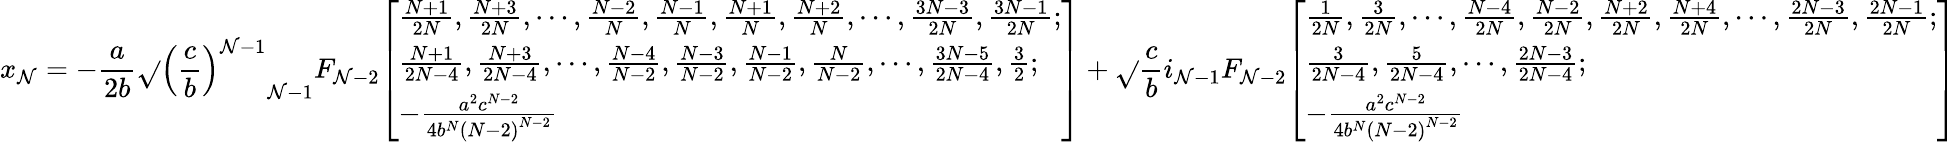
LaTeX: x_{\mathcal{N}}=-{\frac{{a}}{{2b}}}{\sqrt{}{{\left({\frac{{c}}{{b}}}\right)^{\mathcal{N}-1}}}}_{\mathcal{N}-1}F_{\mathcal{N}-2}{\left[\begin{array}{l}{{\frac{N+1}{2N}},{\frac{N+3}{2N}},\cdots,{\frac{N-2}{N}},{\frac{N-1}{N}},{\frac{N+1}{N}},{\frac{N+2}{N}},\cdots,{\frac{3N-3}{2N}},{\frac{3N-1}{2N}};}\\ {{\frac{N+1}{2N-4}},{\frac{N+3}{2N-4}},\cdots,{\frac{N-4}{N-2}},{\frac{N-3}{N-2}},{\frac{N-1}{N-2}},{\frac{N}{N-2}},\cdots,{\frac{3N-5}{2N-4}},{\frac{3}{2}};}\\ {-{\frac{a^{2}c^{N-2}}{4b^{N}\left(N-2\right)^{N-2}}}}\end{array}\right]}+{\sqrt{}{{\frac{{c}}{{b}}}}}i_{\mathcal{N}-1}F_{\mathcal{N}-2}{\left[\begin{array}{l}{{\frac{1}{2N}},{\frac{3}{2N}},\cdots,{\frac{N-4}{2N}},{\frac{N-2}{2N}},{\frac{N+2}{2N}},{\frac{N+4}{2N}},\cdots,{\frac{2N-3}{2N}},{\frac{2N-1}{2N}};}\\ {{\frac{3}{2N-4}},{\frac{5}{2N-4}},\cdots,{\frac{2N-3}{2N-4}};}\\ {-{\frac{a^{2}c^{N-2}}{4b^{N}\left(N-2\right)^{N-2}}}}\end{array}\right]}